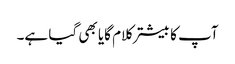
آپ کا بیشتر کلام گایا بھی گیا ہے۔